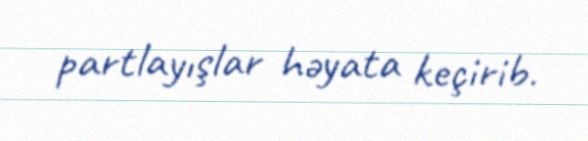
partlayışlar həyata keçirib.